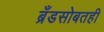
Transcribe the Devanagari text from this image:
ब्रँडसोबतही